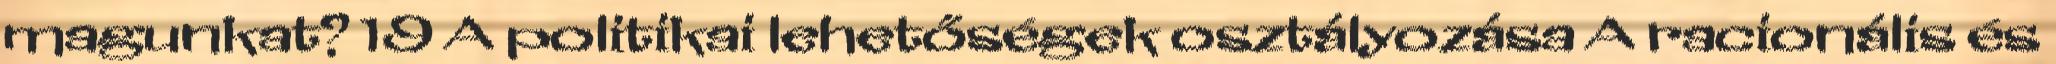
magunkat? 19 A politikai lehetőségek osztályozása A racionális és